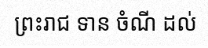
ព្រះរាជ ទាន ចំណី ដល់